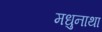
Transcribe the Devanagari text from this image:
मधुनाथा